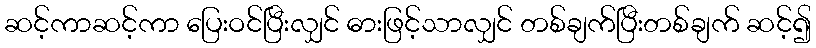
ဆင့်ကာဆင့်ကာ ပြေးဝင်ပြီးလျှင် ဓားဖြင့်သာလျှင် တစ်ချက်ပြီးတစ်ချက် ဆင့်၍